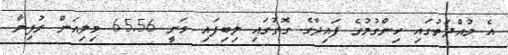
އެ މުއްދަތުގައި ހިންގުމުގެ ފައިދާގެ ގޮތުގައި ލިބިފައި ވަނީ 65.56 މިލިއަން ރުފިޔާ